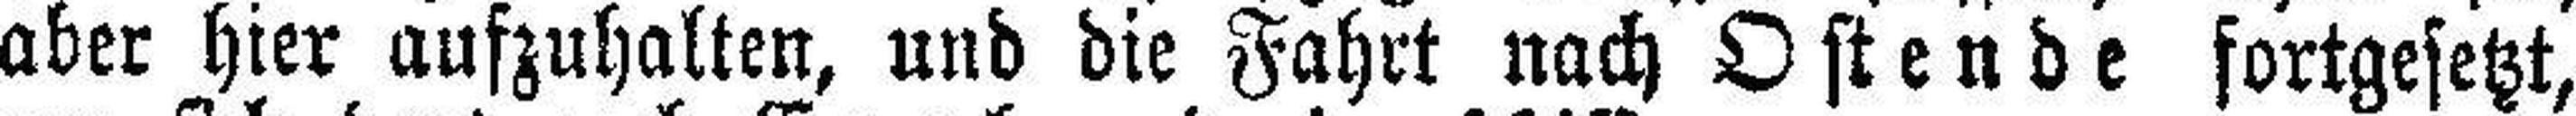
aber hier aufzuhalten, und die Fahrt nach Ostende fortgesetzt,